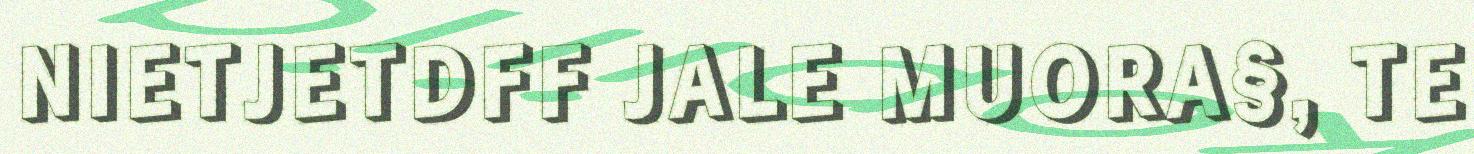
NIETJETDFF JALE MUORA§, TE